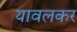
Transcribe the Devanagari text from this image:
यावलकर